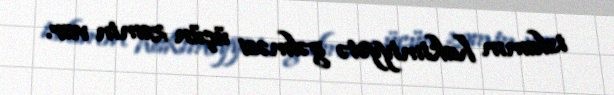
islamın hakimiyyətə gəlməsi üçün zəmin var.